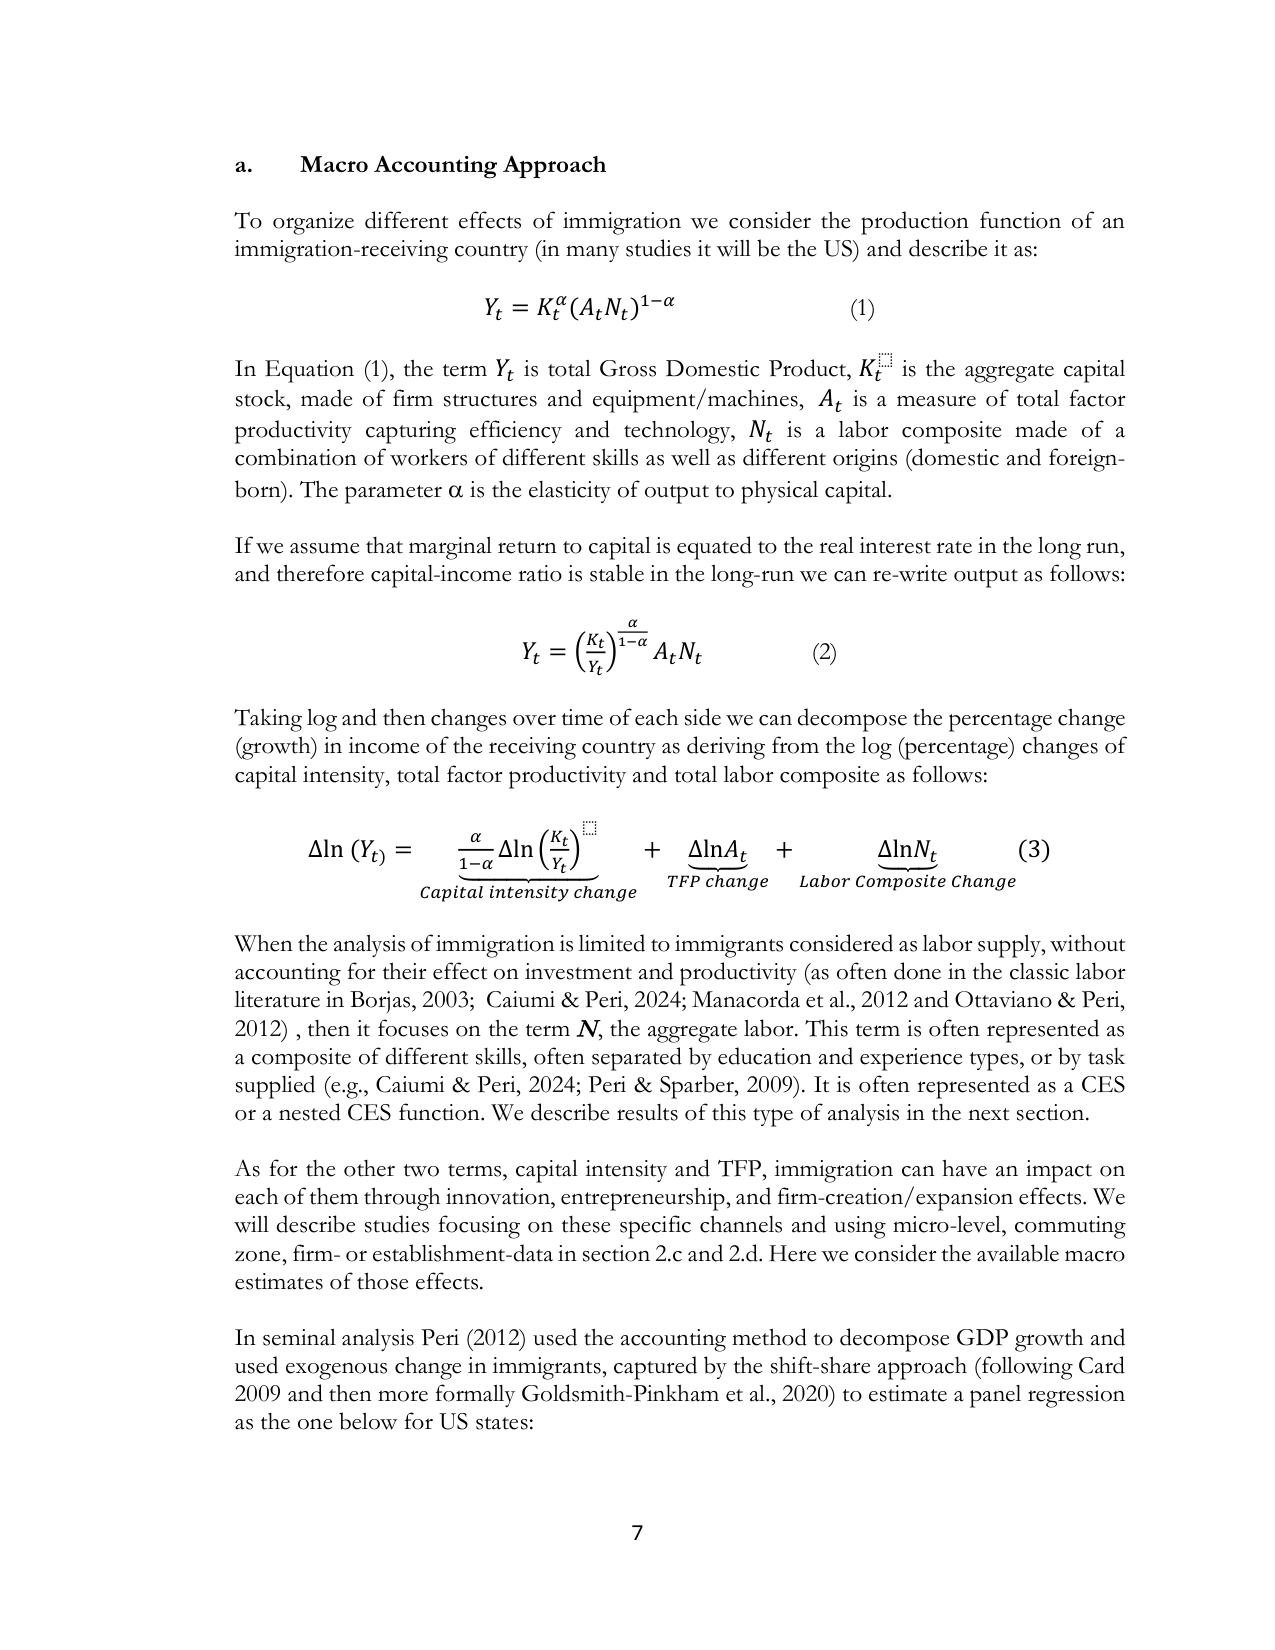
a. Macro Accounting Approach

To organize different effects of immigration we consider the production function of an immigration-receiving country (in many studies it will be the US) and describe it as:

Y_t = K_t^α (A_t N_t)^{1-α}  (1)

In Equation (1), the term Y_t is total Gross Domestic Product, K_t is the aggregate capital stock, made of firm structures and equipment/machines, A_t is a measure of total factor productivity capturing efficiency and technology, N_t is a labor composite made of a combination of workers of different skills as well as different origins (domestic and foreign-born). The parameter α is the elasticity of output to physical capital.

If we assume that marginal return to capital is equated to the real interest rate in the long run, and therefore capital-income ratio is stable in the long-run we can re-write output as follows:

Y_t = (K_t / Y_t)^{α / (1-α)} A_t N_t  (2)

Taking log and then changes over time of each side we can decompose the percentage change (growth) in income of the receiving country as deriving from the log (percentage) changes of capital intensity, total factor productivity and total labor composite as follows:

Δln(Y_t) = [α / (1-α) Δln(K_t / Y_t)] + [ΔlnA_t] + [ΔlnN_t]  (3)
           Capital intensity change     TFP change     Labor Composite Change

When the analysis of immigration is limited to immigrants considered as labor supply, without accounting for their effect on investment and productivity (as often done in the classic labor literature in Borjas, 2003; Caiumi & Peri, 2024; Manacorda et al., 2012 and Ottaviano & Peri, 2012), then it focuses on the term N, the aggregate labor. This term is often represented as a composite of different skills, often separated by education and experience types, or by task supplied (e.g., Caiumi & Peri, 2024; Peri & Sparber, 2009). It is often represented as a CES or a nested CES function. We describe results of this type of analysis in the next section.

As for the other two terms, capital intensity and TFP, immigration can have an impact on each of them through innovation, entrepreneurship, and firm-creation/expansion effects. We will describe studies focusing on these specific channels and using micro-level, commuting zone, firm- or establishment-data in section 2.c and 2.d. Here we consider the available macro estimates of those effects.

In seminal analysis Peri (2012) used the accounting method to decompose GDP growth and used exogenous change in immigrants, captured by the shift-share approach (following Card 2009 and then more formally Goldsmith-Pinkham et al., 2020) to estimate a panel regression as the one below for US states:

7